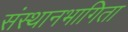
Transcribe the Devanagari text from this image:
संस्थानभागिता